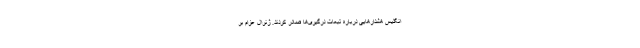
انگلیس هشدارهایی درباره تبعات درگیری‌ها صادر کردند. ژنرال عزام بر